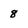
Character: 8